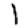
Digit: 1